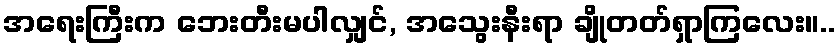
အရေးကြီးက ဘေးတီးမပါလျှင်, အသွေးနီးရာ ချိုတတ်ရှာကြလေး။..